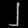
Digit: ၂